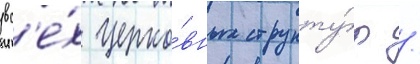
вс'е́х церко́вных структу́р /